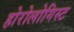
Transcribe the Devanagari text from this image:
होरोलोगिस्ट